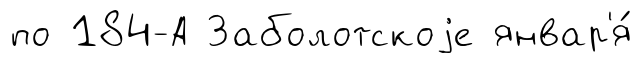
по 184-А Заболотскоjе январ'я́